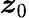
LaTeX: \boldsymbol{\mathit{z}}_{0}